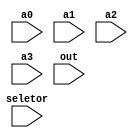
module mux_4
(
    input wire [1:0]seletor,
    input wire [31:0] a0,
    input wire [31:0] a1,
    input wire [31:0] a2,
    input wire [31:0] a3,
    
    input wire [31:0] out
);

wire [31:0] w0, w1, w2, w3, w4, w5;
assign w0 = {seletor[0]?a1:a0};
assign w1 = {seletor[0]?a3:a2};

assign out = {seletor[1]?w1:w0};

endmodule